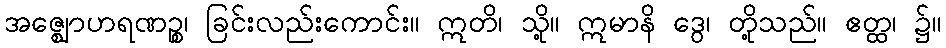
အဇ္ဈောဟရဏဉ္စ၊ ခြင်းလည်းကောင်း။ ဣတိ၊ သို့။ ဣမာနိ ဒွေ၊ တို့သည်။ ဧတ္ထ၊ ၌။